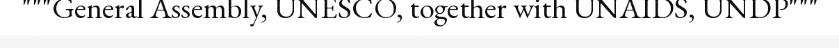
"""General Assembly, UNESCO, together with UNAIDS, UNDP"""